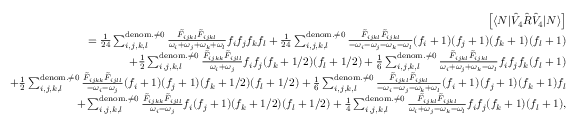
\begin{array} { r l r } & { } & { \left[ \langle N | \hat { V } _ { 4 } \hat { R } \hat { V } _ { 4 } | N \rangle \right] } \\ & { } & { = \frac { 1 } { 2 4 } \sum _ { i , j , k , l } ^ { { \mathrm { d e n o m . } \neq 0 } } \frac { \tilde { F } _ { i j k l } \tilde { F } _ { i j k l } } { \omega _ { i } + \omega _ { j } + \omega _ { k } + \omega _ { l } } f _ { i } f _ { j } f _ { k } f _ { l } + \frac { 1 } { 2 4 } \sum _ { i , j , k , l } ^ { { \mathrm { d e n o m . } \neq 0 } } \frac { \tilde { F } _ { i j k l } \tilde { F } _ { i j k l } } { - \omega _ { i } - \omega _ { j } - \omega _ { k } - \omega _ { l } } ( f _ { i } + 1 ) ( f _ { j } + 1 ) ( f _ { k } + 1 ) ( f _ { l } + 1 ) } \\ & { } & { + \frac { 1 } { 2 } \sum _ { i , j , k , l } ^ { \mathrm { d e n o m . } \neq 0 } \frac { \tilde { F } _ { i j k k } \tilde { F } _ { i j l l } } { \omega _ { i } + \omega _ { j } } { f _ { i } } { f _ { j } } { ( f _ { k } + 1 / 2 ) } { ( f _ { l } + 1 / 2 ) } + \frac { 1 } { 6 } \sum _ { i , j , k , l } ^ { \mathrm { d e n o m . } \neq 0 } \frac { \tilde { F } _ { i j k l } \tilde { F } _ { i j k l } } { \omega _ { i } + \omega _ { j } + \omega _ { k } - \omega _ { l } } { f _ { i } } { f _ { j } } { f _ { k } } ( f _ { l } + 1 ) } \\ & { } & { + \frac { 1 } { 2 } \sum _ { i , j , k , l } ^ { \mathrm { d e n o m . } \neq 0 } \frac { \tilde { F } _ { i j k k } \tilde { F } _ { i j l l } } { - \omega _ { i } - \omega _ { j } } { ( f _ { i } + 1 ) } { ( f _ { j } + 1 ) } { ( f _ { k } + 1 / 2 ) } { ( f _ { l } + 1 / 2 ) } + \frac { 1 } { 6 } \sum _ { i , j , k , l } ^ { \mathrm { d e n o m . } \neq 0 } \frac { \tilde { F } _ { i j k l } \tilde { F } _ { i j k l } } { - \omega _ { i } - \omega _ { j } - \omega _ { k } + \omega _ { l } } { ( f _ { i } + 1 ) } { ( f _ { j } + 1 ) } { ( f _ { k } + 1 ) } f _ { l } } \\ & { } & { + \sum _ { i , j , k , l } ^ { \mathrm { d e n o m . } \neq 0 } \frac { \tilde { F } _ { i j k k } \tilde { F } _ { i j l l } } { \omega _ { i } - \omega _ { j } } { f _ { i } } { ( f _ { j } + 1 ) } { ( f _ { k } + 1 / 2 ) } { ( f _ { l } + 1 / 2 ) } + \frac { 1 } { 4 } \sum _ { i , j , k , l } ^ { \mathrm { d e n o m . } \neq 0 } \frac { \tilde { F } _ { i j k l } \tilde { F } _ { i j k l } } { \omega _ { i } + \omega _ { j } - \omega _ { k } - \omega _ { l } } { f _ { i } } { f _ { j } } { ( f _ { k } + 1 ) } ( f _ { l } + 1 ) , } \end{array}